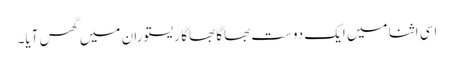
اسی اثنا میں ایک دوست بھاگا بھاگا ریستوران میں گھس آیا۔